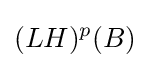
(LH)^{p}(B)